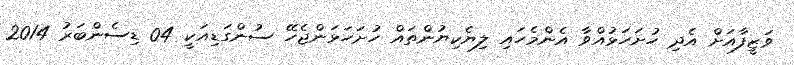
ވަޒީފާއަށް އެދި ހުށަހަޅުއްވާ އެންމެހައި ލިޔެކިޔުންތައް ހުށަހަޅަންޖެހޭ ސުންގަޑިއަކީ 04 ޑިސެންބަރު 2014